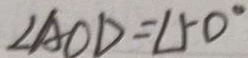
\angle A O D = 1 5 0 ^ { \circ }